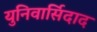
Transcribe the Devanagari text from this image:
युनिवार्सिदाद